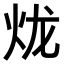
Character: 𤇭